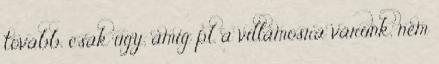
tovább, csak úgy, amíg pl. a villamosra várunk, nem